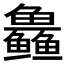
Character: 𱈜